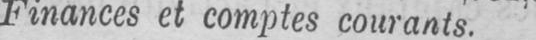
Finances et comptes courants.